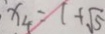
x _ { 4 } = 1 + \sqrt { 5 }